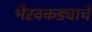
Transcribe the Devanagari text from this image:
भैरवकड्याचे